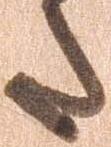
た